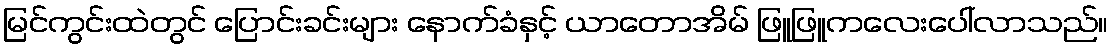
မြင်ကွင်းထဲတွင် ပြောင်းခင်းများ နောက်ခံနှင့် ယာတောအိမ် ဖြူဖြူကလေးပေါ်လာသည်။